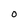
Character: 0